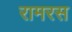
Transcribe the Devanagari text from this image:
रामरस